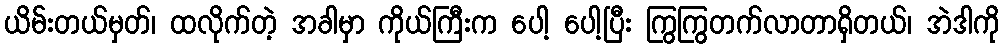
ယိမ်းတယ်မှတ်၊ ထလိုက်တဲ့ အခါမှာ ကိုယ်ကြီးက ပေါ့ ပေါ့ပြီး ကြွကြွတက်လာတာရှိတယ်၊ အဲဒါကို